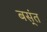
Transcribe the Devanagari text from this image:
बस्ंत